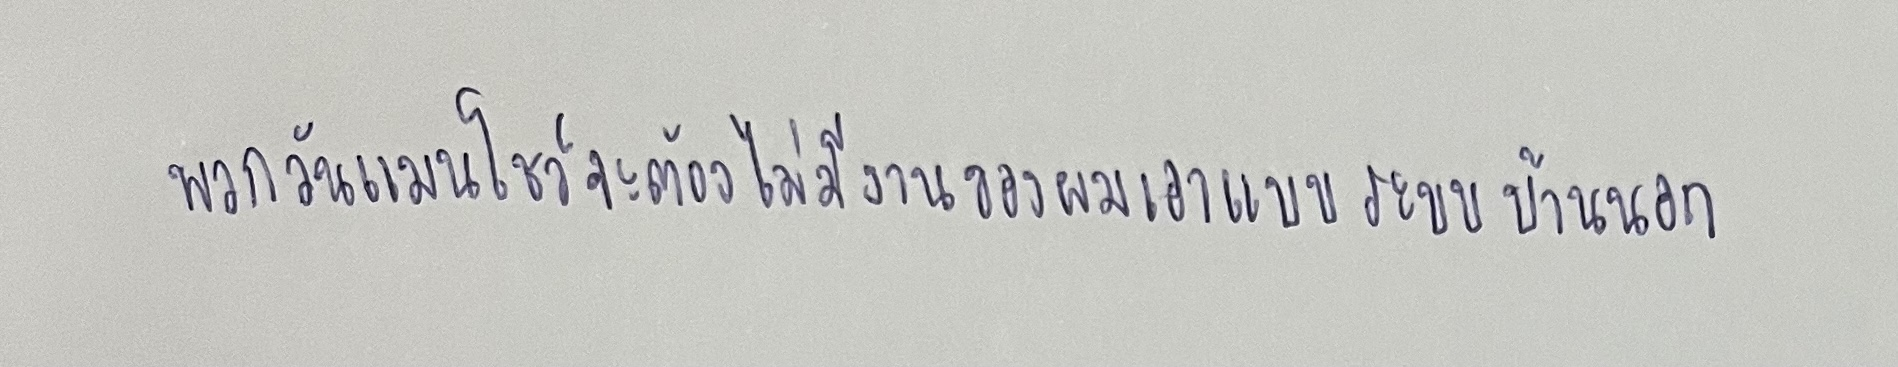
พวกวันแมนโชว์จะต้องไม่มีงานของผมเอาแบบระบบบ้านนอก